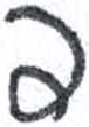
אות: פ